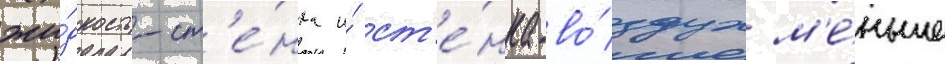
жи́дкость-ст'е́нка и́ ст'е́нка-во́здух м'е́ньше